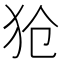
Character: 𪺷